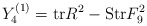
\begin{align*}Y_4^{(1)} = {\rm tr} R^2 - {\rm Str} F_9^2\end{align*}